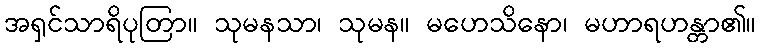
အရှင်သာရိပုတြာ။ သုမနသာ၊ သုမန။ မဟေသိနော၊ မဟာရဟန္တာ၏။